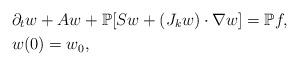
LaTeX: \begin{align*}&\partial_tw+Aw+\mathbb P[Sw+(J_kw)\cdot\nabla w]=\mathbb Pf, \\&w(0)=w_0,\end{align*}